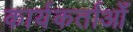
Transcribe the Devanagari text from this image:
कार्यकर्ताओँ